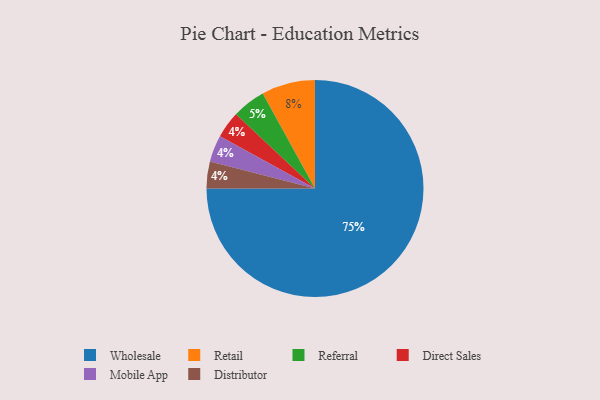
{"axis": {"x": "Category", "y": "Percentage"}, "legend": ["Direct Sales", "Distributor", "Mobile App", "Referral", "Retail", "Wholesale"], "data": [{"x": "Retail", "y": 8, "type": "Retail"}, {"x": "Direct Sales", "y": 4, "type": "Direct Sales"}, {"x": "Referral", "y": 5, "type": "Referral"}, {"x": "Wholesale", "y": 75, "type": "Wholesale"}, {"x": "Mobile App", "y": 4, "type": "Mobile App"}, {"x": "Distributor", "y": 4, "type": "Distributor"}]}